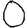
Digit: 0